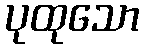
ပုထုသော